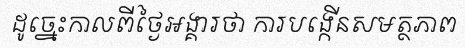
ដូច្នេះកាលពីថ្ងៃអង្គារថា ការបង្កើនសមត្ថភាព